system: You are a helpful assistant.
user:
Analyze the provided spectrum to determine if it is a **Carbon Star (C-type)**.

- **Key Visual Indicators of Carbon Star:**
    - **(Primary):** Strong molecular absorption from **C₂ (diatomic carbon) "Swan Bands."** This is the **defining feature** of a carbon star.
        - **(Key Bandheads):** Sharp absorption edges are visible at approximately $5635$ Å, $5165$ Å (the strongest band), and $4737$ Å.
        - **(Line Profile):** Creates a distinct **"saw-tooth"** pattern. The key morphology is a sharp, steep bandhead on the **red (long-wavelength) side**, which then gradually tapers off (i.e., flux recovers) towards the **blue (short-wavelength) side**. *(This is the direct opposite of the TiO bands seen in M-type stars)*.

    - **(Secondary):** Intense **CN (cyanogen)** molecular absorption bands.
        - **(Key Bandheads):** Located in the blue and violet regions of the spectrum (e.g., near $4215$ Å and $3883$ Å).
        - **(Morphology):** These bands are extremely broad and act as a "blanket," absorbing the vast majority of blue and violet light. This creates a characteristic **"cliff"** or **"steep drop-off"** in the spectrum's flux at short wavelengths.

    - **(Key Confirmation):** Strong **CH absorption band (G-band)**.
        - **(Key Bandhead):** Located around $4300$ Å. The contribution from CH molecules to this band is exceptionally strong.

    - **(Overall Spectrum):**
        - The continuum is severely "chopped up" by these deep molecular bands, especially C₂, rather than appearing as a smooth curve.
        - Due to the heavy CN and C₂ absorption in the blue-green, the vast majority of the star's flux is concentrated in the red part of the spectrum, giving the star its characteristic deep red color.

Think first, call **spectral_visualization_tool** if needed to examine features in detail, then provide your final answer. Your response must adhere to the following strict rules:
1.  **Overall Structure:** Your response must follow the format `<think>...</think> <tool_call>...</tool_call> (if a tool is used) <answer>...</answer>`.
2.  **Tool Usage Constraint:** You may only make **one** tool call per turn.
3.  **Final Answer Format:** In the `<answer>` tag, your conclusion must be inside a `\boxed{}` command (e.g., `\boxed{YES}`), followed by your justification.

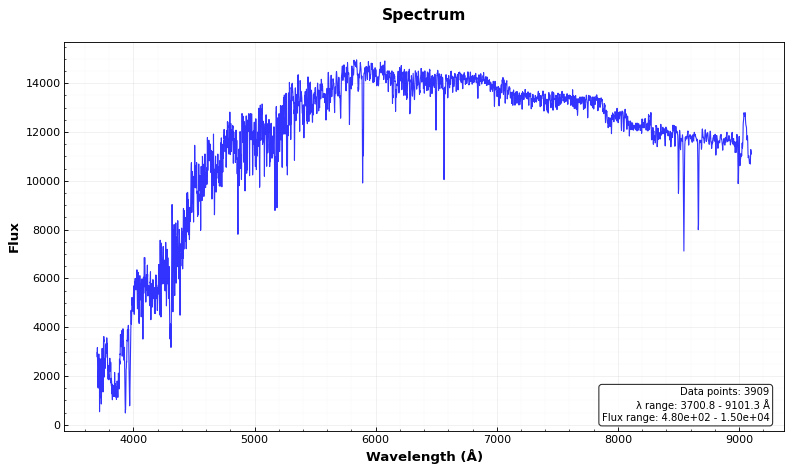
Answer: NO